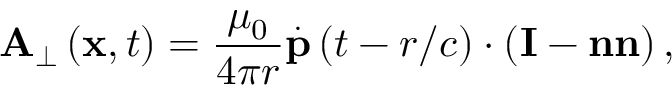
\mathbf { A } _ { \perp } \left( \mathbf { x } , t \right) = \frac { \mu _ { 0 } } { 4 \pi r } \overset { . } { \mathbf { p } } \left( t - r / c \right) \cdot \left( \mathbf { I } - \mathbf { n n } \right) ,